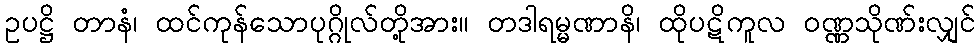
ဥပဋ္ဌိ တာနံ၊ ထင်ကုန်သောပုဂ္ဂိုလ်တို့အား။ တဒါရမ္မဏာနိ၊ ထိုပဋိကူလ ဝဏ္ဏသိုဏ်းလျှင်